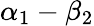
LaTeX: \alpha_{1}-\beta_{2}